Annual administration report of the Civil Veterinary Department of India - 1899-1900
Year: 1899
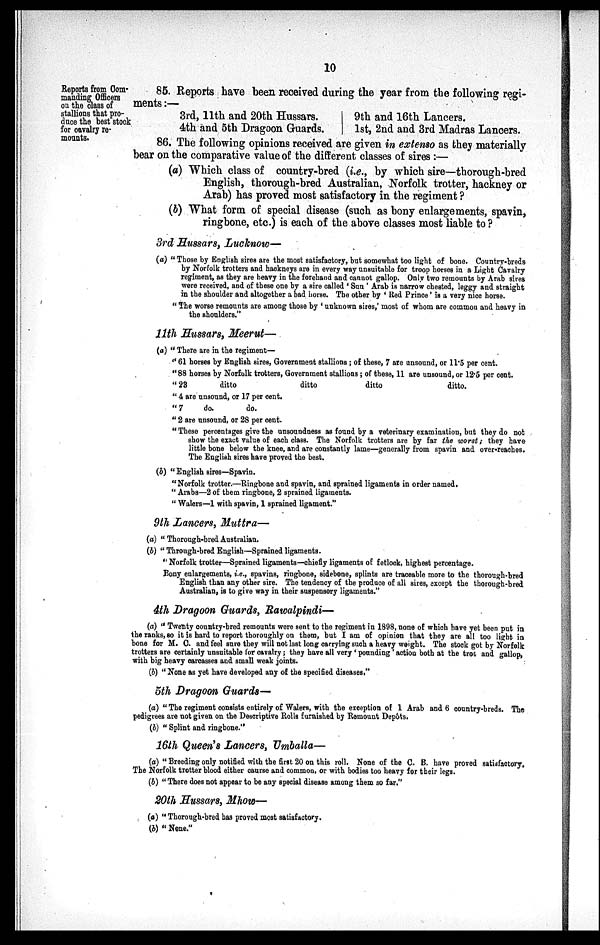
10
Reports from Com-
manding Officers
on the class of
stallions that pro-
duce the best stock
for cavalry re-
mounts.
85. Reports have been received during the year from the following regi-
ments:—
3rd, 11th and 20th Hussars.
9th and 16th Lancers.
4th and 5th Dragoon Guards.
1st, 2nd and 3rd Madras Lancers.
86. The following opinions received are given in extenso as they materially
bear on the comparative value of the different classes of sires:—
(a) Which class of country-bred (i.e., by which sire—thorough-bred
English, thorough-bred Australian, Norfolk trotter, hackney or
Arab) has proved most satisfactory in the regiment ?
(b) What form of special disease (such as bony enlargements, spavin,
ringbone, etc.) is each of the above classes most liable to?
3rd Hussars, Lucknow—
(a) "Those by English sires are the most satisfactory, but somewhat too light of bone. Country-breds
by Norfolk trotters and hackneys are in every way unsuitable for troop horses in a Light Cavalry
regiment, as they are heavy in the forehand and cannot gallop. Only two remounts by Arab sires
were received, and of these one by a sire called 'Sun' Arab is narrow chested, leggy and straight
in the shoulder and altogether a bad horse. The other by 'Red Prince' is a very nice horse.
"The worse remounts are among those by 'unknown sires,' most of whom are common and heavy in
the shoulders."
11th Hussars, Meerut—
(a) "There are in the regiment—
"61 horses by English sires, Government stallions; of these, 7 are unsound, or 11.5 per cent.
"88 horses by Norfolk trotters, Government stallions; of these, 11 are unsound, or 12.5 per cent.
"23
ditto
ditto
ditto
ditto.
"4 are unsound, or 17 per cent.
"7
do.
do.
"2 are unsound, or 28 per cent.
"These percentages give the unsoundness as found by a veterinary examination, but they do not
show the exact value of each class. The Norfolk trotters are by far the worst; they have
little bone below the knee, and are constantly lame—generally from spavin and over-reaches.
The English sires have proved the best.
(b) "English sires—Spavin.
"Norfolk trotter.—Ringbone and spavin, and sprained ligaments in order named,
"Arabs—2 of them ringbone, 2 sprained ligaments.
"Walers—1 with spavin, 1 sprained ligament."
9th Lancers, Muttra—
(a) "Thorough-bred Australian.
(b) "Through-bred English—Sprained ligaments.
"Norfolk trotter—Sprained ligaments—chiefly ligaments of fetlock, highest percentage.
Bony enlargements, i.e., spavins, ringbone, sidebone, splints are traceable more to the thorough-bred
English than any other sire. The tendency of the produce of all sires, except the thorough-bred
Australian, is to give way in their suspensory ligaments."
4th Dragoon Guards, Rawalpindi—
(a) "Twenty country-bred remounts were sent to the regiment in 1898, none of which have yet been put in
the ranks, so it is hard to report thoroughly on them, but I am of opinion that they are all too light in
bone for M. C. and feel sure they will not last long carrying such a heavy weight. The stock got by Norfolk
trotters are certainly unsuitable for cavalry; they have all very 'pounding' action both at the trot and gallop,
with big heavy carcasses and small weak joints.
(b) "None as yet have developed any of the specified diseases."
5th Dragoon Guards—
(a) "The regiment consists entirely of Walers, with the exception of 1 Arab and 6 country-breds. The
pedigrees are not given on the Descriptive Rolls furnished by Remount Depôts.
(b) "Splint and ringbone."
16th Queen's Lancers, Umballa—
(a) "Breeding only notified with the first 20 on this roll. None of the C. B. have proved satisfactory.
The Norfolk trotter blood either caurse and common, or with bodies too heavy for their legs.
(b) "There does not appear to be any special disease among them so far."
20th Hussars, Mhow—
(a) "Thorough-bred has proved most satisfactory.
(b) "None."